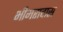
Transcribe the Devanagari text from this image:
भीमरावास